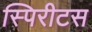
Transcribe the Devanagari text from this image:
स्पिरीटस